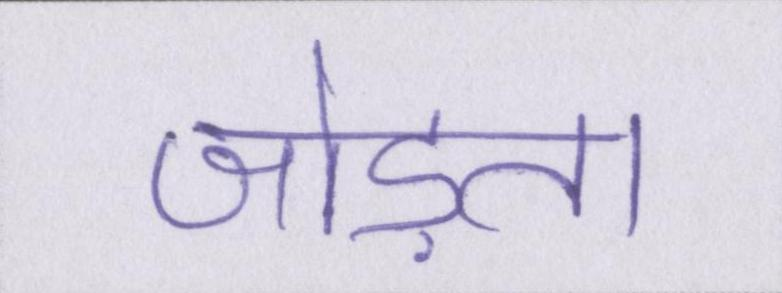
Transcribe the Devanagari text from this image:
जोड़ता